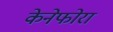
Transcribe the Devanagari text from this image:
केनेफोरा